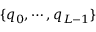
\{ q _ { 0 } , \cdots , q _ { L - 1 } \}